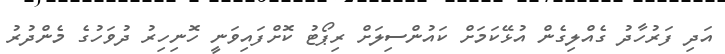
އަދި ފަރުހާދު ގެއްލިގެން އުޅޭކަމަށް ކައުންސިލަށް ރިޕޯޓު ކޮށްފައިވަނީ ހޮނިހިރު ދުވަހުގެ މެންދުރު